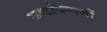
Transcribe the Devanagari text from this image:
अष्टदिग्गजों